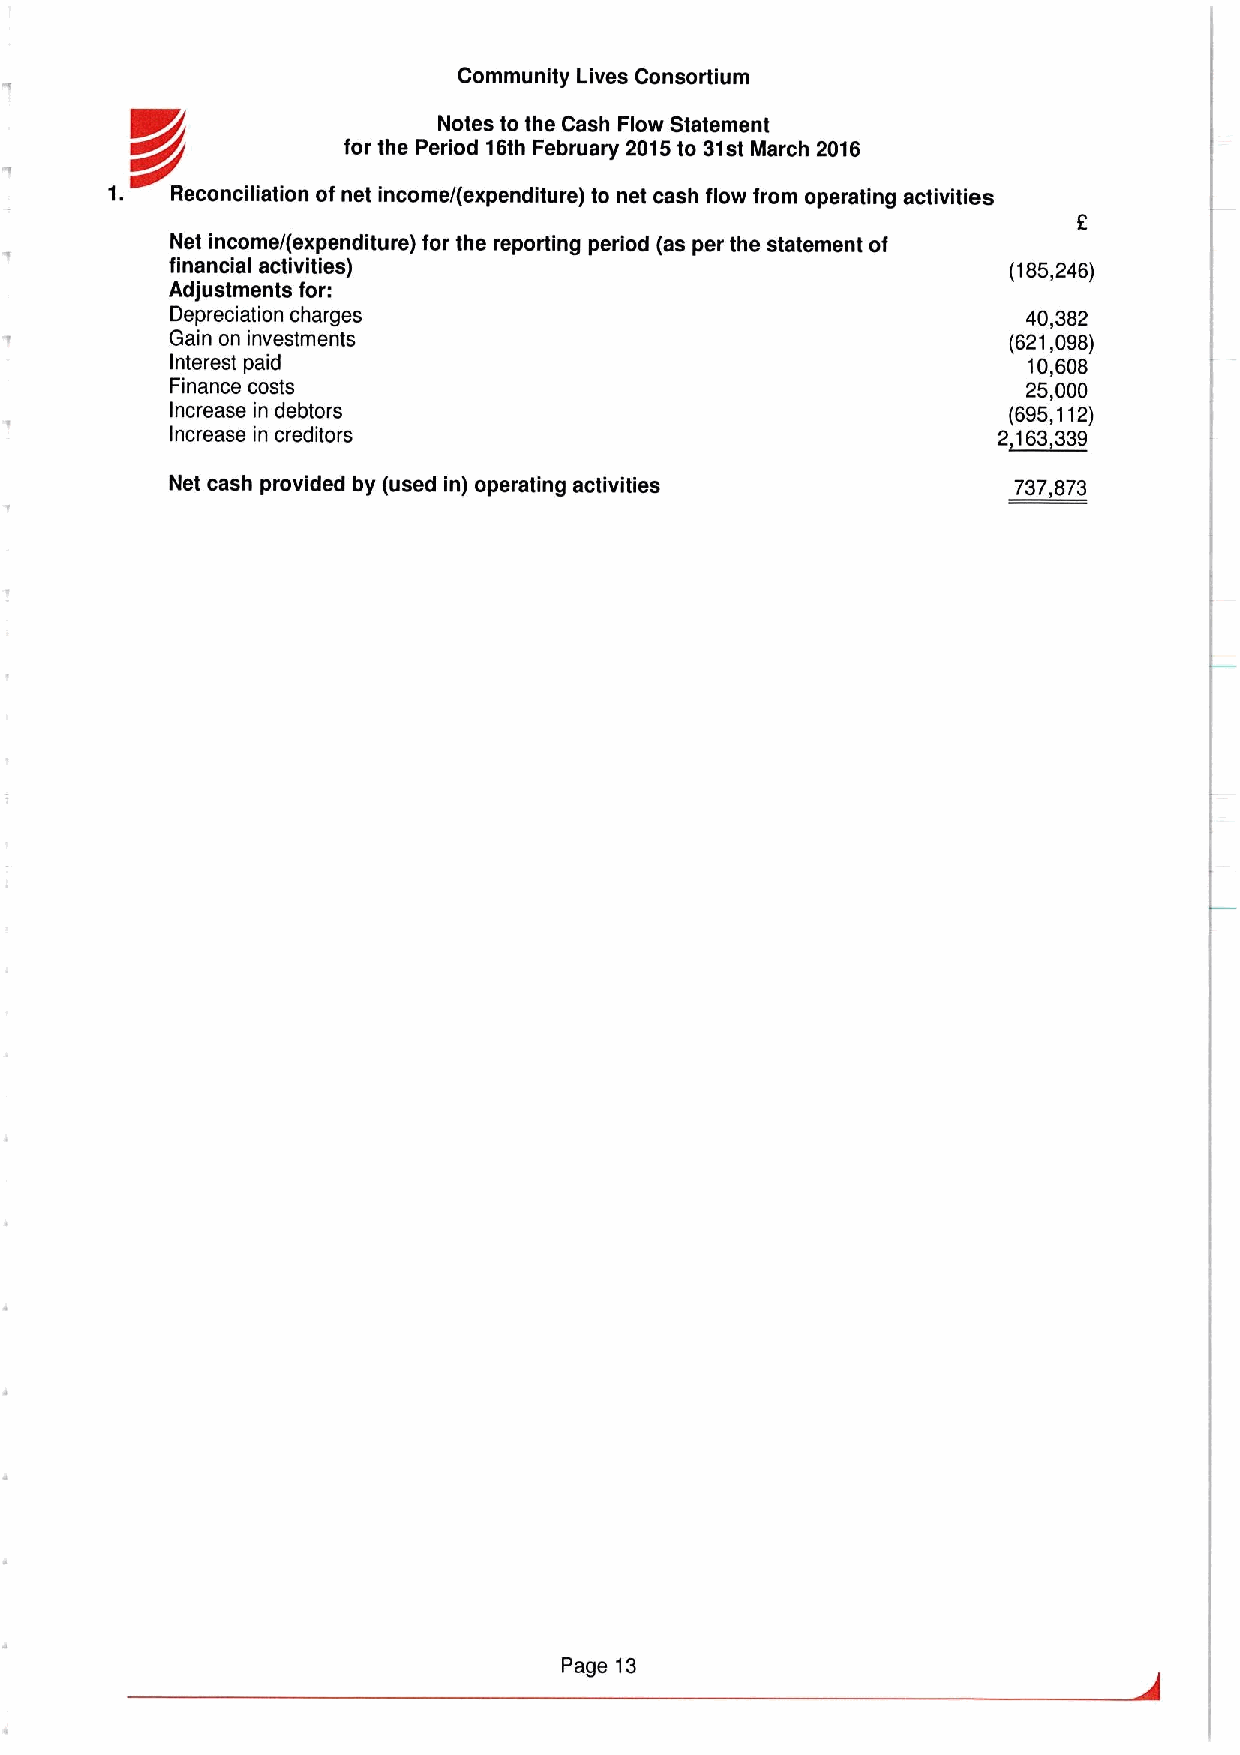
Community Lives Consortium
 Notes to the Cash Flow Statement
 for the Period 16th February 2015to 31st March 2016
 1.  Reconciliation of net income/(expenditure) to net cash flow from operating activities
 2
 Net income/(expenditure) for the reporting period (as per the statement of
 financial activities)                                   (185,246)
 Adjustments for:
 Depreciation charges                                     40,382
 Gain on investments                                     (621,098)
 Interest paid                                            10,608
 Finance costs                                            25,000
 Increase in debtors                                     (695,112)
 Increase in creditors                                  2,163,339
 Net cash provided by (used in) operating activities     737,873
 Page 13